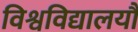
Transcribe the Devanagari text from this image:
विश्वविद्यालयौं